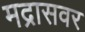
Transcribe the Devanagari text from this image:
मद्रासवर